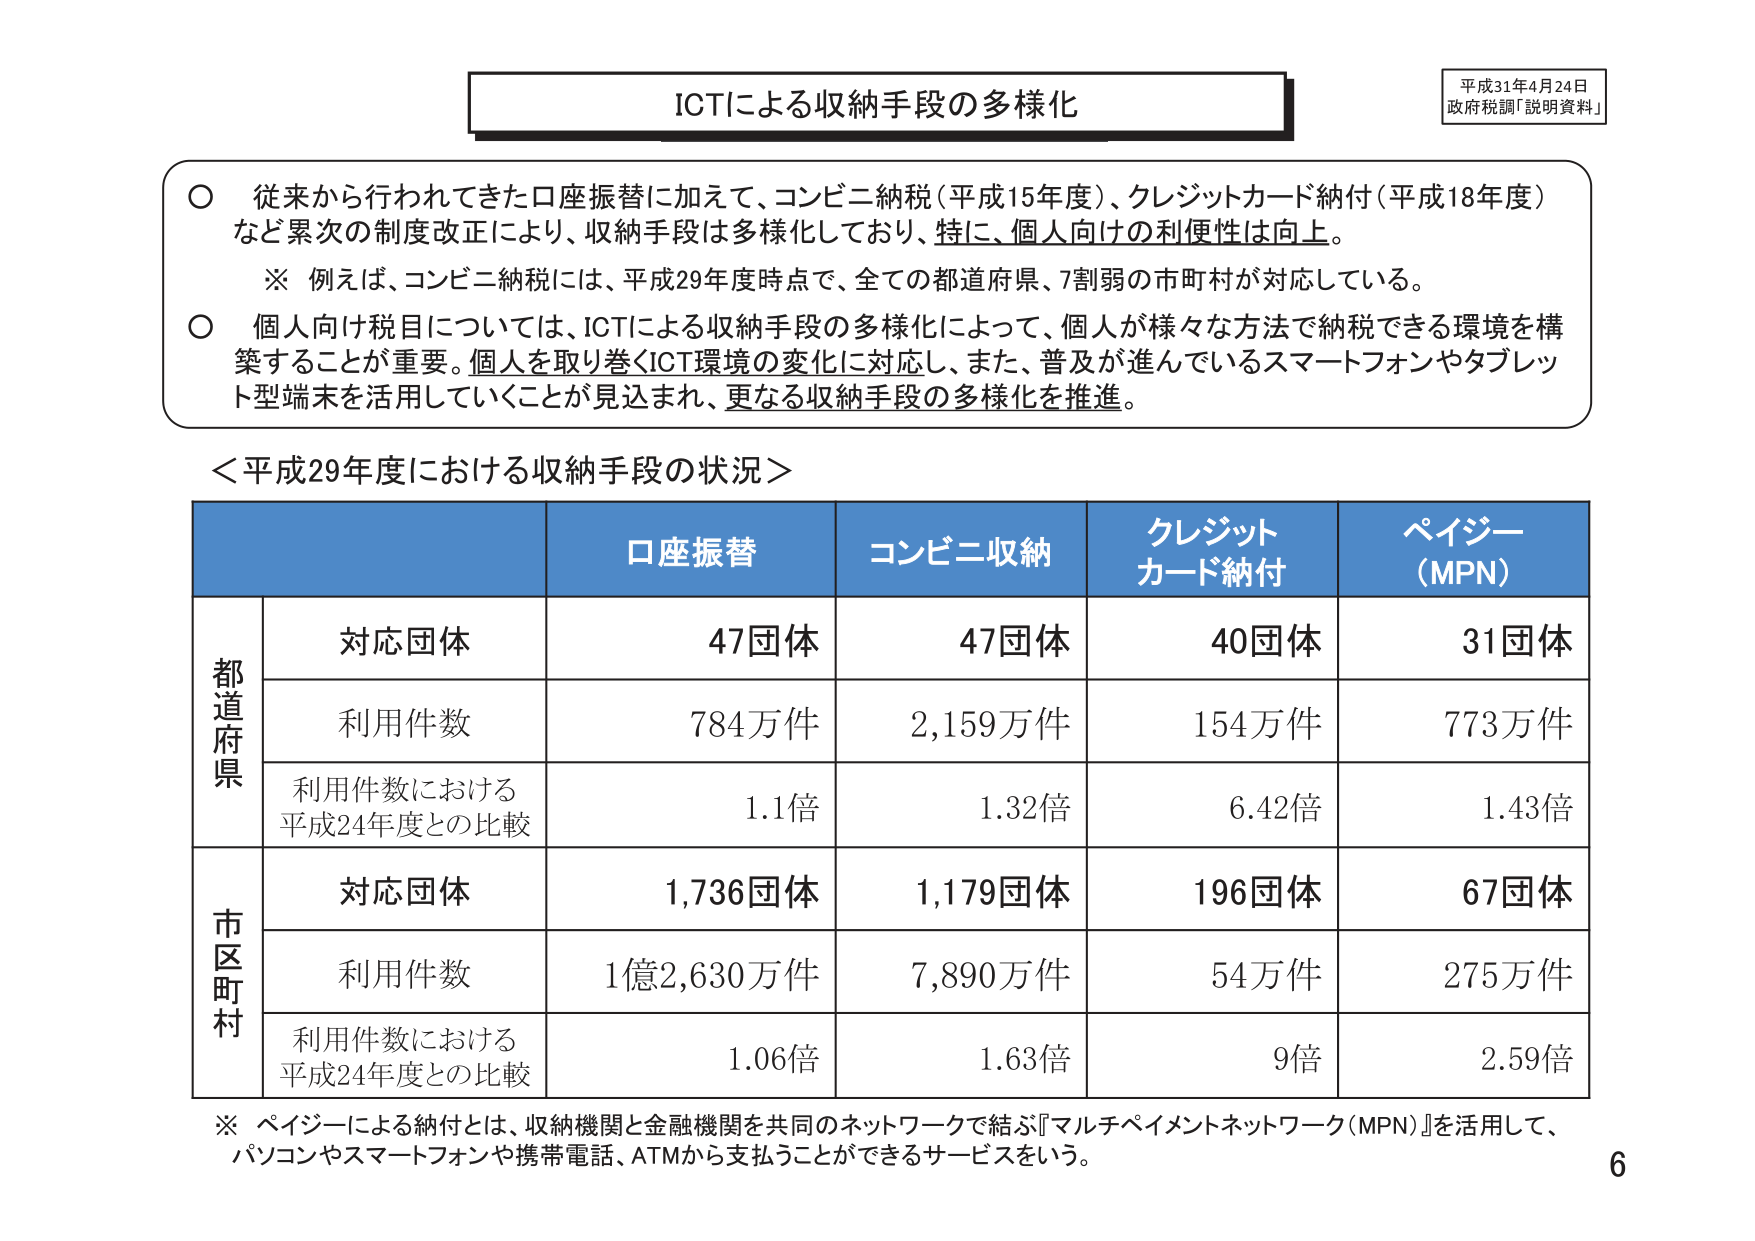
ICTによる収納手段の多様化

平成31年4月24日
政府税調「説明資料」

○ 従来から行われてきた口座振替に加えて、コンビニ納税（平成15年度）、クレジットカード納付（平成18年度）
　など累次の制度改正により、収納手段は多様化しており、特に、個人向けの利便性は向上。
　※ 例えば、コンビニ納税には、平成29年度時点で、全ての都道府県、7割弱の市町村が対応している。

○ 個人向け税目については、ICTによる収納手段の多様化によって、個人が様々な方法で納税できる環境を構
　築することが重要。個人を取り巻くICT環境の変化に対応し、また、普及が進んでいるスマートフォンやタブレッ
　ト型端末を活用していくことが見込まれ、更なる収納手段の多様化を推進。

＜平成29年度における収納手段の状況＞

| | 口座振替 | コンビニ収納 | クレジットカード納付 | ペイジー（MPN） |
|---|---|---|---|---|
| **都道府県** | | | | |
| 対応団体 | 47団体 | 47団体 | 40団体 | 31団体 |
| 利用件数 | 784万件 | 2,159万件 | 154万件 | 773万件 |
| 利用件数における平成24年度との比較 | 1.1倍 | 1.32倍 | 6.42倍 | 1.43倍 |
| **市区町村** | | | | |
| 対応団体 | 1,736団体 | 1,179団体 | 196団体 | 67団体 |
| 利用件数 | 1億2,630万件 | 7,890万件 | 54万件 | 275万件 |
| 利用件数における平成24年度との比較 | 1.06倍 | 1.63倍 | 9倍 | 2.59倍 |

※ ペイジーによる納付とは、収納機関と金融機関を共同のネットワークで結ぶ『マルチペイメントネットワーク（MPN）』を活用して、
　パソコンやスマートフォンや携帯電話、ATMから支払うことができるサービスをいう。

6